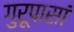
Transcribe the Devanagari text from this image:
गुरूपासां